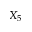
X _ { 5 }